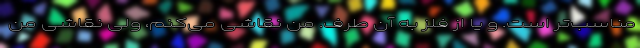
مناسب‌تر است. و یا از فلز به آن طرف. من نقاشی می‌کنم، ولی نقاشی من